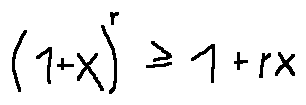
( 1 + x ) ^ { r } \geq 1 + r x